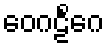
ဝေဂဠိင်္ဂေ